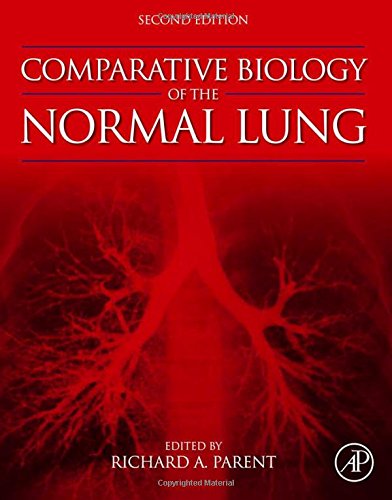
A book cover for Comparative Biology of the Normal Lung, Second Edition; Medical Books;